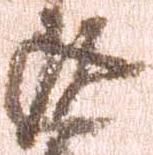
返